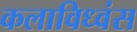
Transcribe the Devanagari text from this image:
कलाविध्वंस